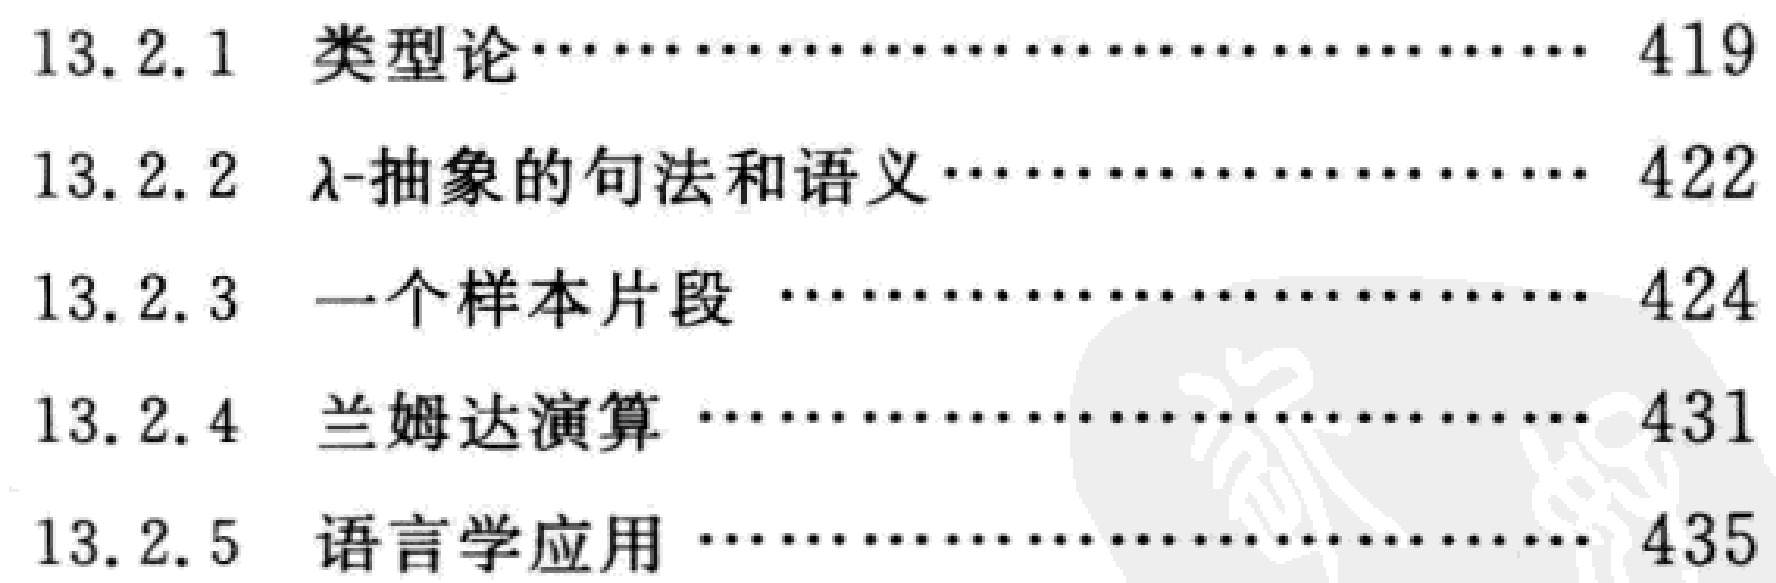
\begin{enumerate}[label=13.2.\arabic*]

\item 类型论\hfill419

\item $\lambda$-抽象的句法和语义\hfill422

\item 一个样本片段\hfill424

\item 兰姆达演算\hfill431

\item 语言学应用\hfill435

\end{enumerate}